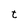
Character: t